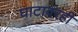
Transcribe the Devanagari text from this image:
घाटावरही